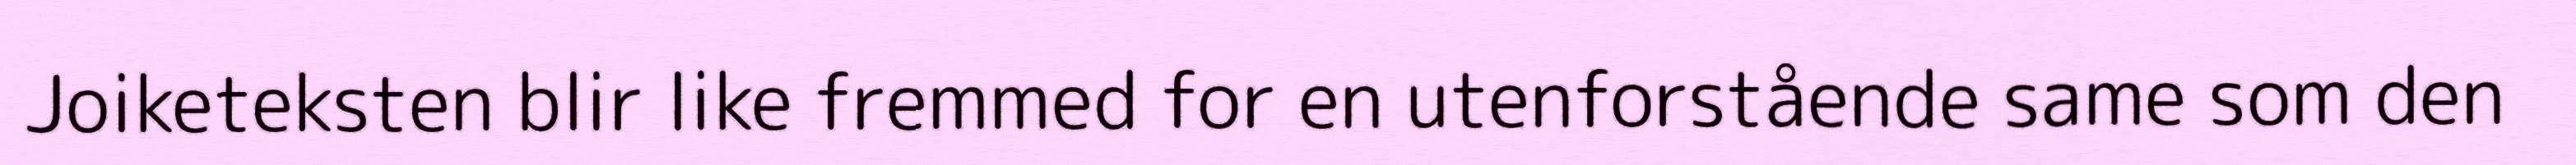
Joiketeksten blir like fremmed for en utenforstående same som den